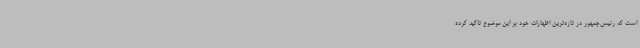
است که رئیس‌جمهور در تازه‌ترین اظهارات خود بر این موضوع تاکید کرده